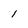
Character: 1